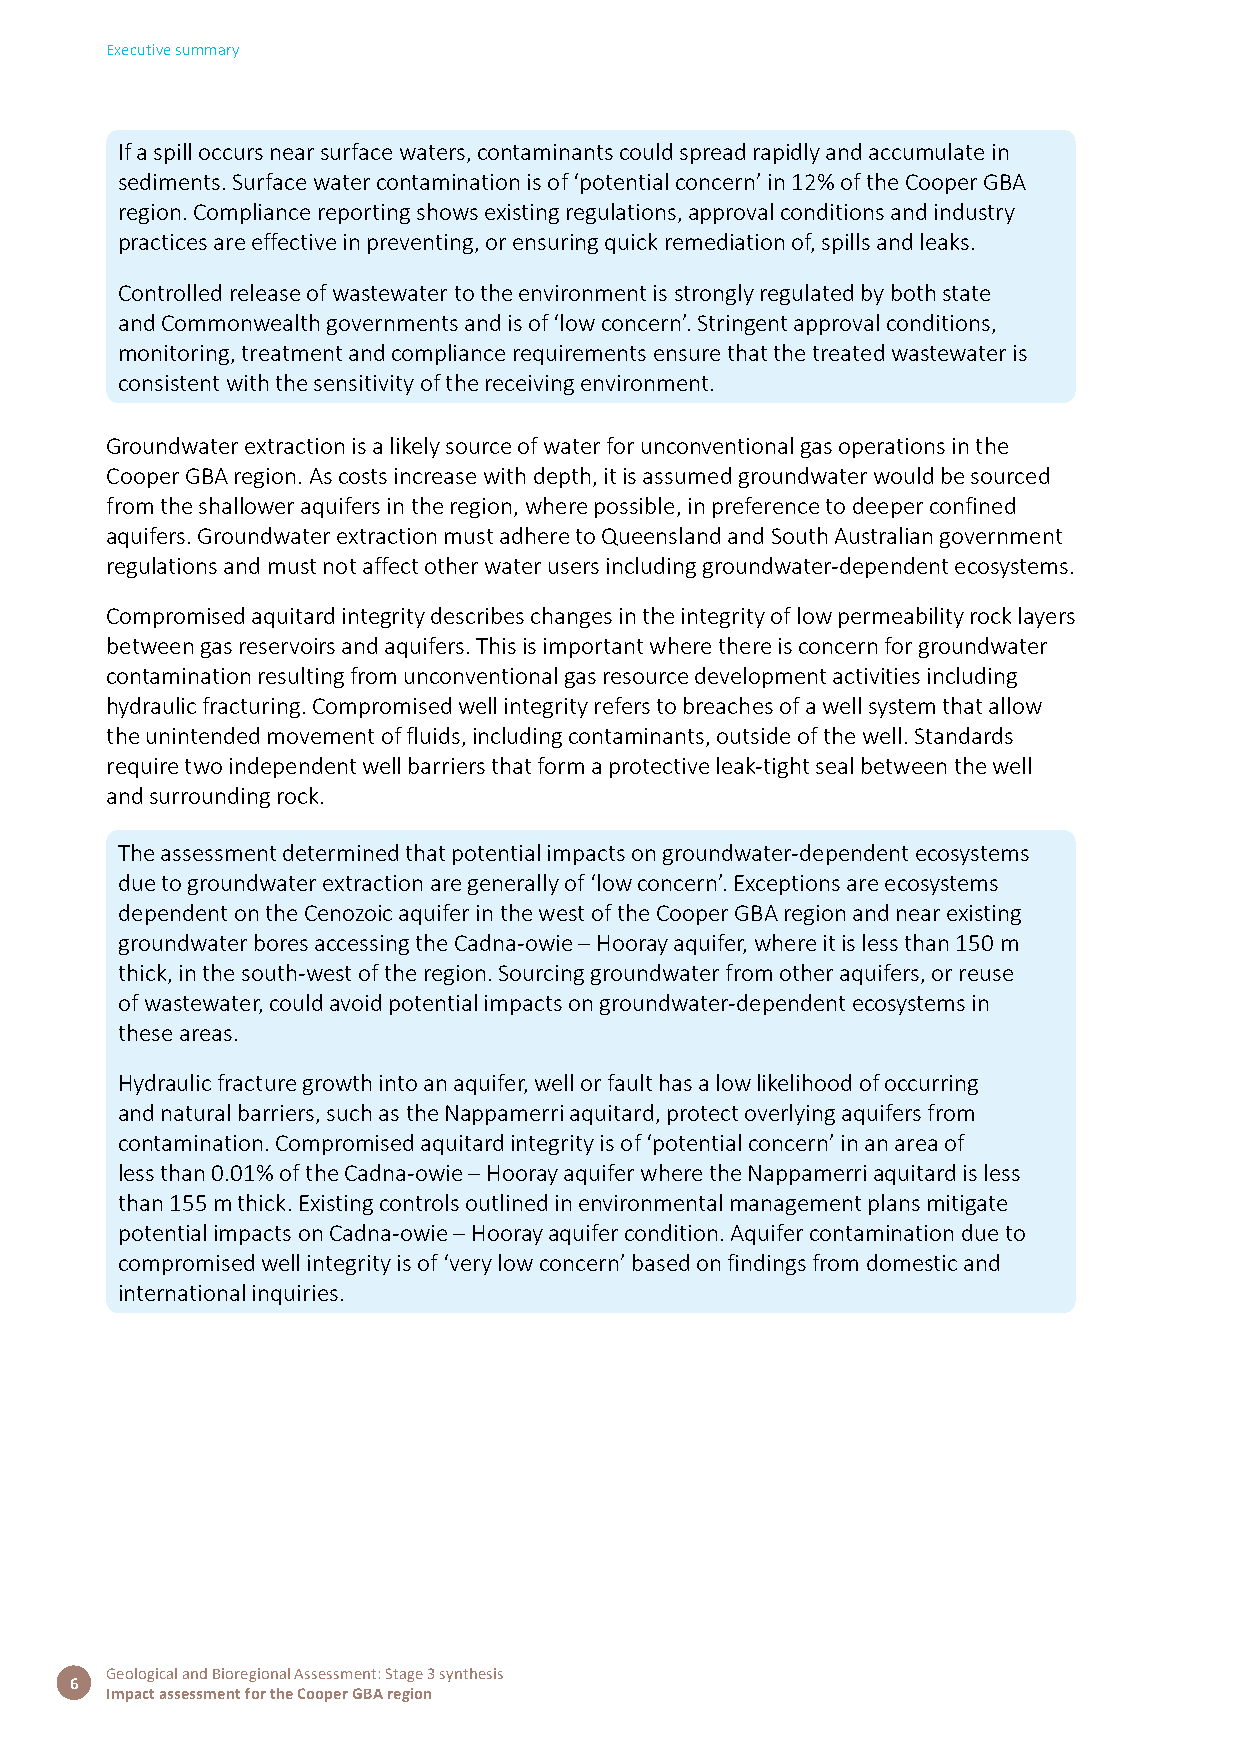
Executive summary
 If a spill occurs near surface waters, contaminants could spread rapidly and accumulate in
 sediments. Surface water contamination is of ‘potential concern’ in 12% of the Cooper GBA
 region. Compliance reporting shows existing regulations, approval conditions and industry
 practices are effective in preventing, or ensuring quick remediation of, spills and leaks.
 Controlled release of wastewater to the environment is strongly regulated by both state
 and Commonwealth governments and is of ‘low concern’. Stringent approval conditions,
 monitoring, treatment and compliance requirements ensure that the treated wastewater is
 consistent with the sensitivity of the receiving environment.
 Groundwater extraction is a likely source of water for unconventional gas operations in the
 Cooper GBA region. As costs increase with depth, it is assumed groundwater would be sourced
 from the shallower aquifers in the region, where possible, in preference to deeper confined
 aquifers. Groundwater extraction must adhere to Queensland and South Australian government
 regulations and must not affect other water users including groundwater-dependent ecosystems.
 Compromised aquitard integrity describes changes in the integrity of low permeability rock layers
 between gas reservoirs and aquifers. This is important where there is concern for groundwater
 contamination resulting from unconventional gas resource development activities including
 hydraulic fracturing. Compromised well integrity refers to breaches of a well system that allow
 the unintended movement of fluids, including contaminants, outside of the well. Standards
 require two independent well barriers that form a protective leak-tight seal between the well
 and surrounding rock.
 The assessment determined that potential impacts on groundwater-dependent ecosystems
 due to groundwater extraction are generally of ‘low concern’. Exceptions are ecosystems
 dependent on the Cenozoic aquifer in the west of the Cooper GBA region and near existing
 groundwater bores accessing the Cadna-owie – Hooray aquifer, where it is less than 150 m
 thick, in the south-west of the region. Sourcing groundwater from other aquifers, or reuse
 of wastewater, could avoid potential impacts on groundwater-dependent ecosystems in
 these areas.
 Hydraulic fracture growth into an aquifer, well or fault has a low likelihood of occurring
 and natural barriers, such as the Nappamerri aquitard, protect overlying aquifers from
 contamination. Compromised aquitard integrity is of ‘potential concern’ in an area of
 less than 0.01% of the Cadna-owie – Hooray aquifer where the Nappamerri aquitard is less
 than 155 m thick. Existing controls outlined in environmental management plans mitigate
 potential impacts on Cadna-owie – Hooray aquifer condition. Aquifer contamination due to
 compromised well integrity is of ‘very low concern’ based on findings from domestic and
 international inquiries.
 Geological and Bioregional Assessment: Stage 3 synthesis
 6
 Impact assessment for the Cooper GBA region